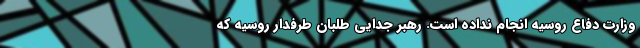
وزارت دفاع روسیه انجام نداده است. رهبر جدایی طلبان طرفدار روسیه که